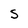
Character: S